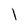
Character: l